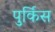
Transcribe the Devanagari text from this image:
पुर्किस